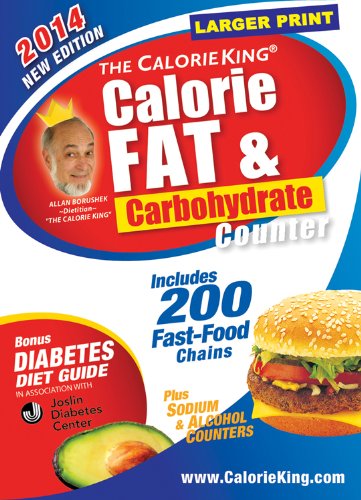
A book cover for The CalorieKing Calorie, Fat & Carbohydrate Counter 2014: Larger Print Edition (Calorieking Calorie, Fat & Carbohydrate Counter (Larger Print Edition)); Allan Borushek; Health, Fitness & Dieting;